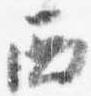
西